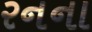
રનના